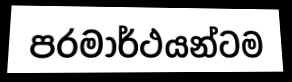
පරමාර්ථයන්ටම